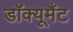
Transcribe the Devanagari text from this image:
डॉक्यूमैंट